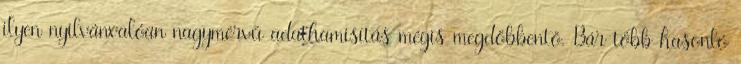
ilyen nyilvánvalóan nagymérvű adathamisítás mégis megdöbbentő. Bár több hasonló